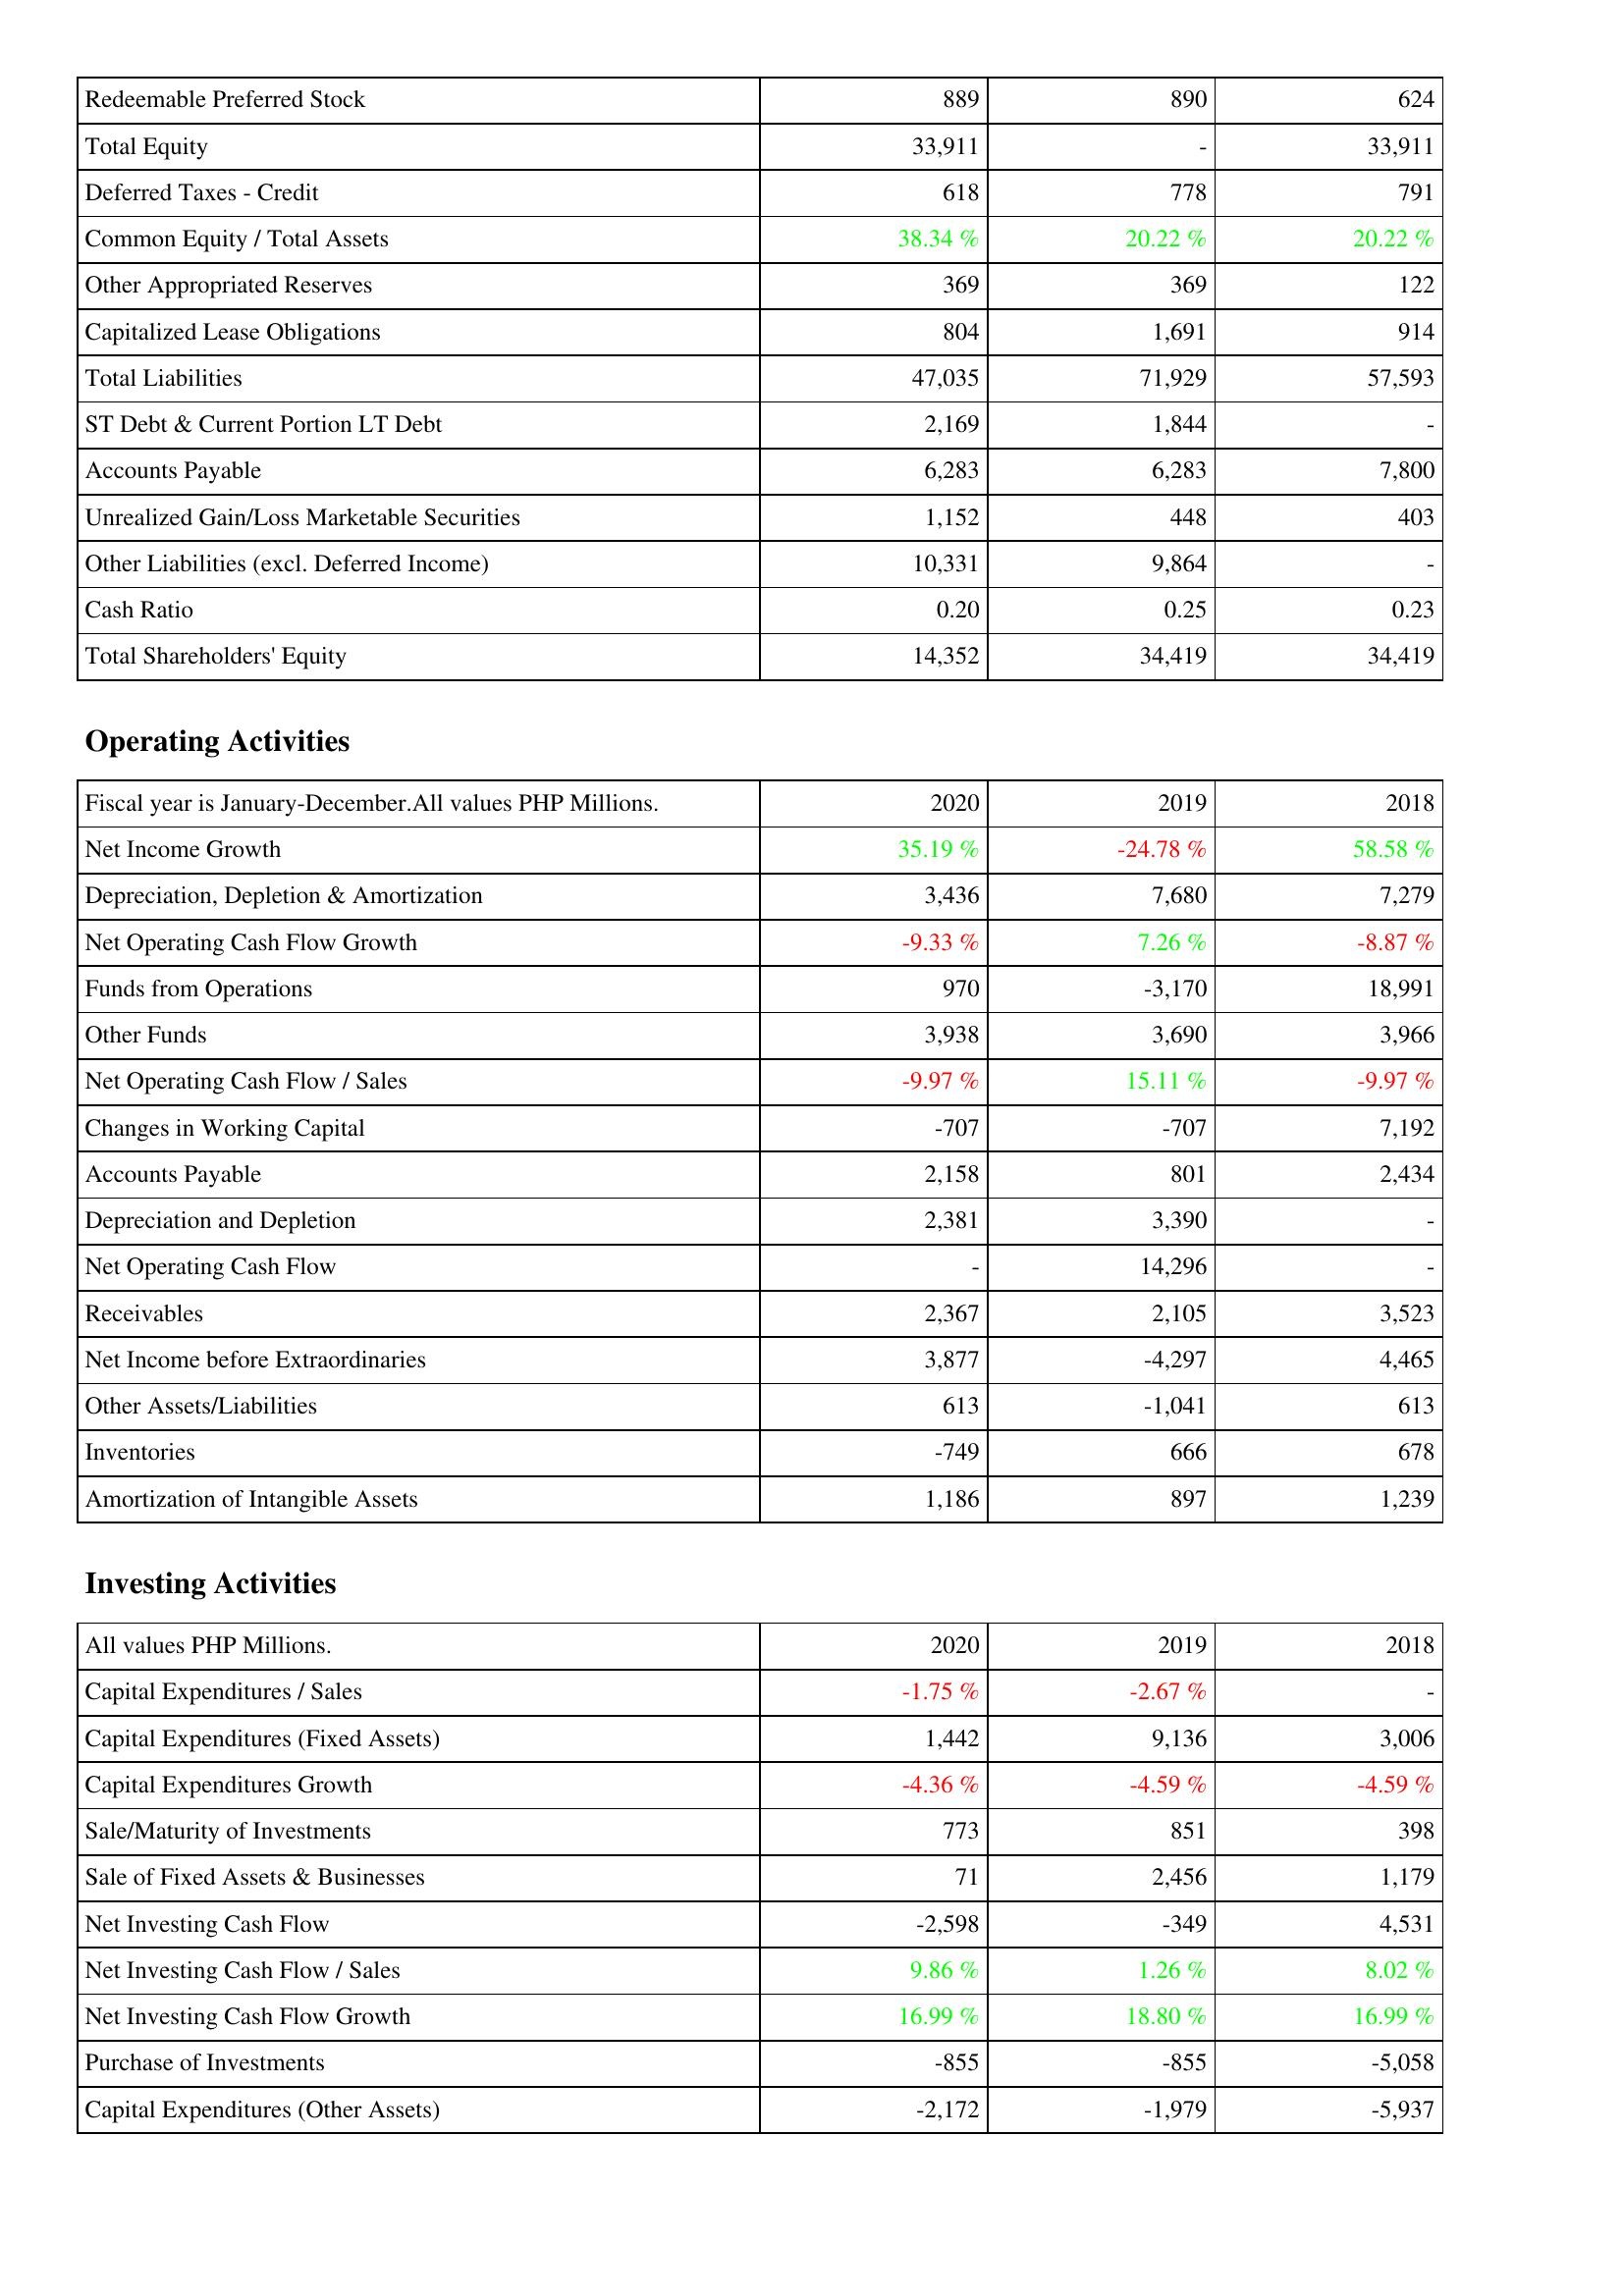
2020: Liabilities & Shareholders' Equity: Redeemable Preferred Stock: 889
Total Equity: 33,911
Deferred Taxes - Credit: 618
Common Equity / Total Assets: 38.34 %
Other Appropriated Reserves: 369
Capitalized Lease Obligations: 804
Total Liabilities: 47,035
ST Debt & Current Portion LT Debt: 2,169
Accounts Payable: 6,283
Unrealized Gain/Loss Marketable Securities: 1,152
Other Liabilities (excl. Deferred Income): 10,331
Cash Ratio: 0.20
Total Shareholders' Equity: 14,352
Operating Activities: Net Income Growth: 35.19 %
Depreciation, Depletion & Amortization: 3,436
Net Operating Cash Flow Growth: -9.33 %
Funds from Operations: 970
Other Funds: 3,938
Net Operating Cash Flow / Sales: -9.97 %
Changes in Working Capital: -707
Accounts Payable: 2,158
Depreciation and Depletion: 2,381
Net Operating Cash Flow: -
Receivables: 2,367
Net Income before Extraordinaries: 3,877
Other Assets/Liabilities: 613
Inventories: -749
Amortization of Intangible Assets: 1,186
Investing Activities: Capital Expenditures / Sales: -1.75 %
Capital Expenditures (Fixed Assets): 1,442
Capital Expenditures Growth: -4.36 %
Sale/Maturity of Investments: 773
Sale of Fixed Assets & Businesses: 71
Net Investing Cash Flow: -2,598
Net Investing Cash Flow / Sales: 9.86 %
Net Investing Cash Flow Growth: 16.99 %
Purchase of Investments: -855
Capital Expenditures (Other Assets): -2,172
2019: Liabilities & Shareholders' Equity: Redeemable Preferred Stock: 890
Total Equity: -
Deferred Taxes - Credit: 778
Common Equity / Total Assets: 20.22 %
Other Appropriated Reserves: 369
Capitalized Lease Obligations: 1,691
Total Liabilities: 71,929
ST Debt & Current Portion LT Debt: 1,844
Accounts Payable: 6,283
Unrealized Gain/Loss Marketable Securities: 448
Other Liabilities (excl. Deferred Income): 9,864
Cash Ratio: 0.25
Total Shareholders' Equity: 34,419
Operating Activities: Net Income Growth: -24.78 %
Depreciation, Depletion & Amortization: 7,680
Net Operating Cash Flow Growth: 7.26 %
Funds from Operations: -3,170
Other Funds: 3,690
Net Operating Cash Flow / Sales: 15.11 %
Changes in Working Capital: -707
Accounts Payable: 801
Depreciation and Depletion: 3,390
Net Operating Cash Flow: 14,296
Receivables: 2,105
Net Income before Extraordinaries: -4,297
Other Assets/Liabilities: -1,041
Inventories: 666
Amortization of Intangible Assets: 897
Investing Activities: Capital Expenditures / Sales: -2.67 %
Capital Expenditures (Fixed Assets): 9,136
Capital Expenditures Growth: -4.59 %
Sale/Maturity of Investments: 851
Sale of Fixed Assets & Businesses: 2,456
Net Investing Cash Flow: -349
Net Investing Cash Flow / Sales: 1.26 %
Net Investing Cash Flow Growth: 18.80 %
Purchase of Investments: -855
Capital Expenditures (Other Assets): -1,979
2018: Liabilities & Shareholders' Equity: Redeemable Preferred Stock: 624
Total Equity: 33,911
Deferred Taxes - Credit: 791
Common Equity / Total Assets: 20.22 %
Other Appropriated Reserves: 122
Capitalized Lease Obligations: 914
Total Liabilities: 57,593
ST Debt & Current Portion LT Debt: -
Accounts Payable: 7,800
Unrealized Gain/Loss Marketable Securities: 403
Other Liabilities (excl. Deferred Income): -
Cash Ratio: 0.23
Total Shareholders' Equity: 34,419
Operating Activities: Net Income Growth: 58.58 %
Depreciation, Depletion & Amortization: 7,279
Net Operating Cash Flow Growth: -8.87 %
Funds from Operations: 18,991
Other Funds: 3,966
Net Operating Cash Flow / Sales: -9.97 %
Changes in Working Capital: 7,192
Accounts Payable: 2,434
Depreciation and Depletion: -
Net Operating Cash Flow: -
Receivables: 3,523
Net Income before Extraordinaries: 4,465
Other Assets/Liabilities: 613
Inventories: 678
Amortization of Intangible Assets: 1,239
Investing Activities: Capital Expenditures / Sales: -
Capital Expenditures (Fixed Assets): 3,006
Capital Expenditures Growth: -4.59 %
Sale/Maturity of Investments: 398
Sale of Fixed Assets & Businesses: 1,179
Net Investing Cash Flow: 4,531
Net Investing Cash Flow / Sales: 8.02 %
Net Investing Cash Flow Growth: 16.99 %
Purchase of Investments: -5,058
Capital Expenditures (Other Assets): -5,937